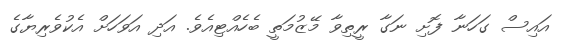
އައިސް ގަހަނާ ފޮށި ނަގާ ރީތިވާ މޭޒުމަތީ ބެހެއްޓިއެވެ. އަދި އަވަހަށް އެކުވެރިޔާގެ